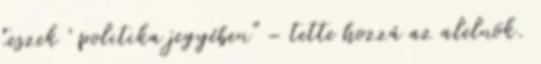
teszek ' politika jegyében" – tette hozzá az alelnök.